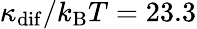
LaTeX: \kappa_{\mathrm{dif}}/k_{\mathrm{B}}T=23.3